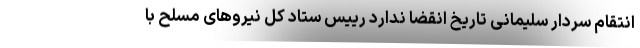
انتقام سردار سلیمانی تاریخ انقضا ندارد رییس ستاد کل نیروهای مسلح با